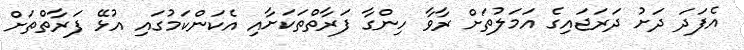
އެފަދަ ދަށު ދަރަޖައިގެ އަމަލުތަށް ރާވާ ހިންގާ ފަރާތްތަކަށާއި އެކަންކަމުގައި އުޅޭ ފަރާތްތަށް